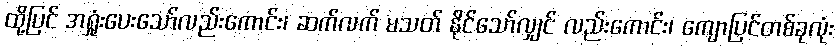
ထို့ပြင် အရှုံးပေးသော်လည်းကောင်း၊ ဆက်လက် မသတ် နိုင်သော်လျှင် လည်းကောင်း၊ ကျောပြင်တစ်ခုလုံး